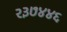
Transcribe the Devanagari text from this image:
२३७४४६